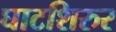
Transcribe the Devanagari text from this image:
घाटशिरुर